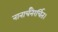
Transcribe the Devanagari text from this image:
नानार्चनैरर्चित।